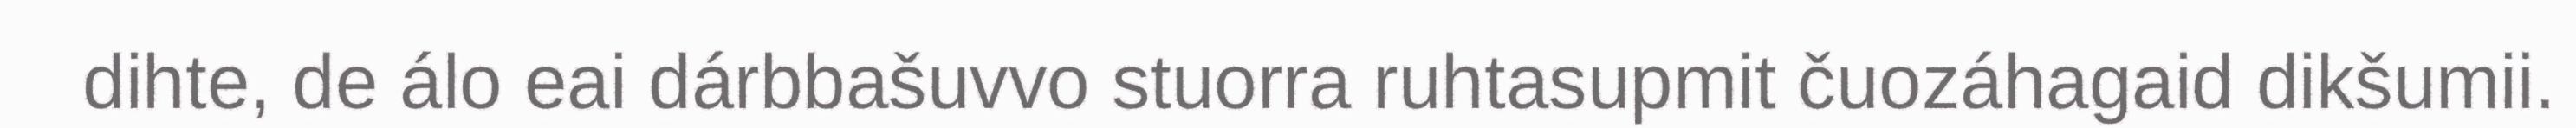
dihte, de álo eai dárbbašuvvo stuorra ruhtasupmit čuozáhagaid dikšumii.